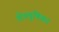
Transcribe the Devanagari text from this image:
क्षेत्रमूषिका